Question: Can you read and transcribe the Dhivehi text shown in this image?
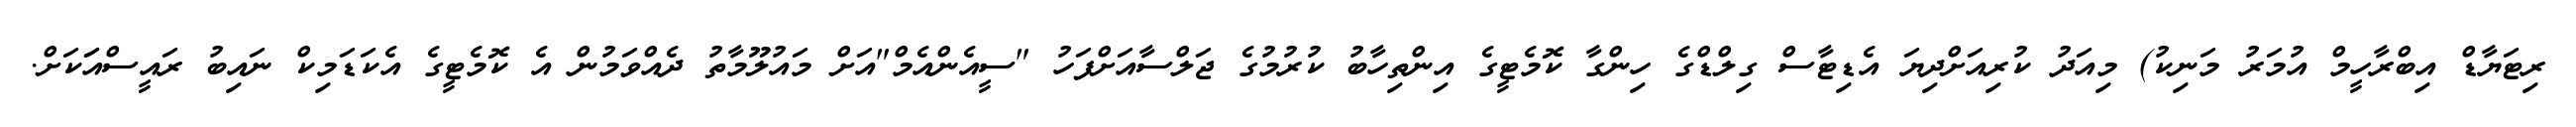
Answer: ރިޓަޔާޑް އިބްރާހީމް އުމަރު މަނިކު) މިއަދު ކުރިއަށްދިޔަ އެޑިޓާސް ގިލްޑްގެ ހިންގާ ކޮމެޓީގެ އިންތިހާބު ކުރުމުގެ ޖަލްސާއަށްފަހު "ސީއެންއެމް"އަށް މައުލޫމާތު ދެއްވަމުން އެ ކޮމެޓީގެ އެކަޑަމިކް ނައިބު ރައީސްއަަކަށް.